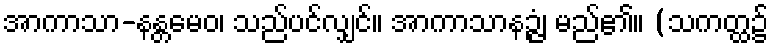
အာကာသာ-နန္တမေဝ၊ သည်ပင်လျှင်။ အာကာသာနဉ္ဇံ၊ မည်၏။ (သကတ္ထ၌